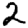
Digit: 2